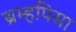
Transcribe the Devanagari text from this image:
ब्रम्हपिसा